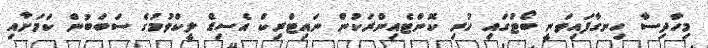
މިހާދިސާ ހިނގާފައިވަނީ ބޯޓުގައި ހުރި ކޮންޓެއިންރަކުން ނައިޓްރިކް އެސިޑް ލީކްވުމުގެ ސަބަބުން ކަމަށާއި